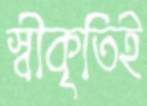
স্বীকৃতিই